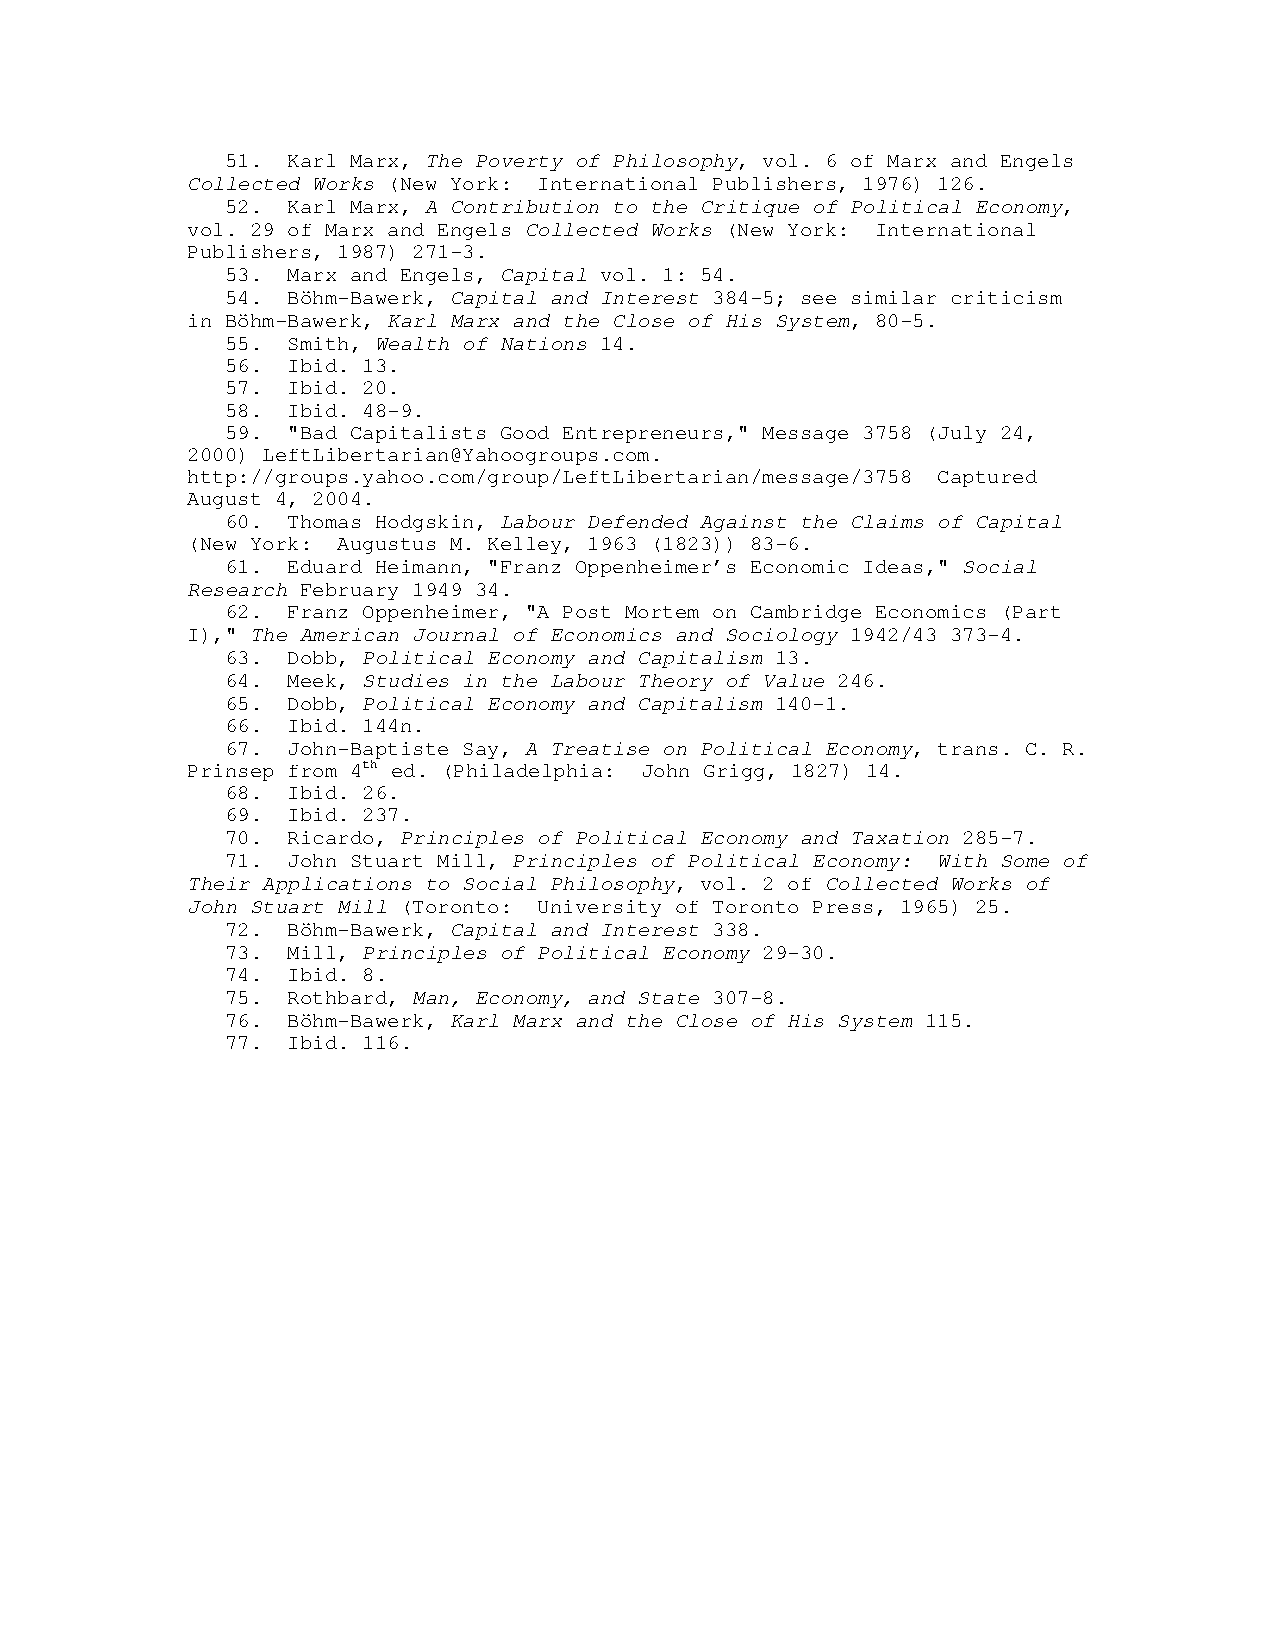
51. Karl Marx, The Poverty of Philosophy, vol. 6 of Marx and Engels
 Collected Works (New York: International Publishers, 1976) 126.
 52. Karl Marx, A Contribution to the Critique of Political Economy,
 vol. 29 of Marx and Engels Collected Works (New York: International
 Publishers, 1987) 271-3.
 53. Marx and Engels, Capital vol. 1: 54.
 54. Böhm-Bawerk, Capital and Interest 384-5; see similar criticism
 in Böhm-Bawerk, Karl Marx and the Close of His System, 80-5.
 55. Smith, Wealth of Nations 14.
 56. Ibid. 13.
 57. Ibid. 20.
 58. Ibid. 48-9.
 59. "Bad Capitalists Good Entrepreneurs," Message 3758 (July 24,
 2000) LeftLibertarian@Yahoogroups.com.
 http://groups.yahoo.com/group/LeftLibertarian/message/3758 Captured
 August 4, 2004.
 60. Thomas Hodgskin, Labour Defended Against the Claims of Capital
 (New York: Augustus M. Kelley, 1963 (1823)) 83-6.
 61. Eduard Heimann, "Franz Oppenheimer’s Economic Ideas," Social
 Research February 1949 34.
 62. Franz Oppenheimer, "A Post Mortem on Cambridge Economics (Part
 I)," The American Journal of Economics and Sociology 1942/43 373-4.
 63. Dobb, Political Economy and Capitalism 13.
 64. Meek, Studies in the Labour Theory of Value 246.
 65. Dobb, Political Economy and Capitalism 140-1.
 66. Ibid. 144n.
 67. John-Baptiste Say, A Treatise on Political Economy, trans. C. R.
 Prinsep from 4th ed. (Philadelphia: John Grigg, 1827) 14.
 68. Ibid. 26.
 69. Ibid. 237.
 70. Ricardo, Principles of Political Economy and Taxation 285-7.
 71. John Stuart Mill, Principles of Political Economy: With Some of
 Their Applications to Social Philosophy, vol. 2 of Collected Works of
 John Stuart Mill (Toronto: University of Toronto Press, 1965) 25.
 72. Böhm-Bawerk, Capital and Interest 338.
 73. Mill, Principles of Political Economy 29-30.
 74. Ibid. 8.
 75. Rothbard, Man, Economy, and State 307-8.
 76. Böhm-Bawerk, Karl Marx and the Close of His System 115.
 77. Ibid. 116.